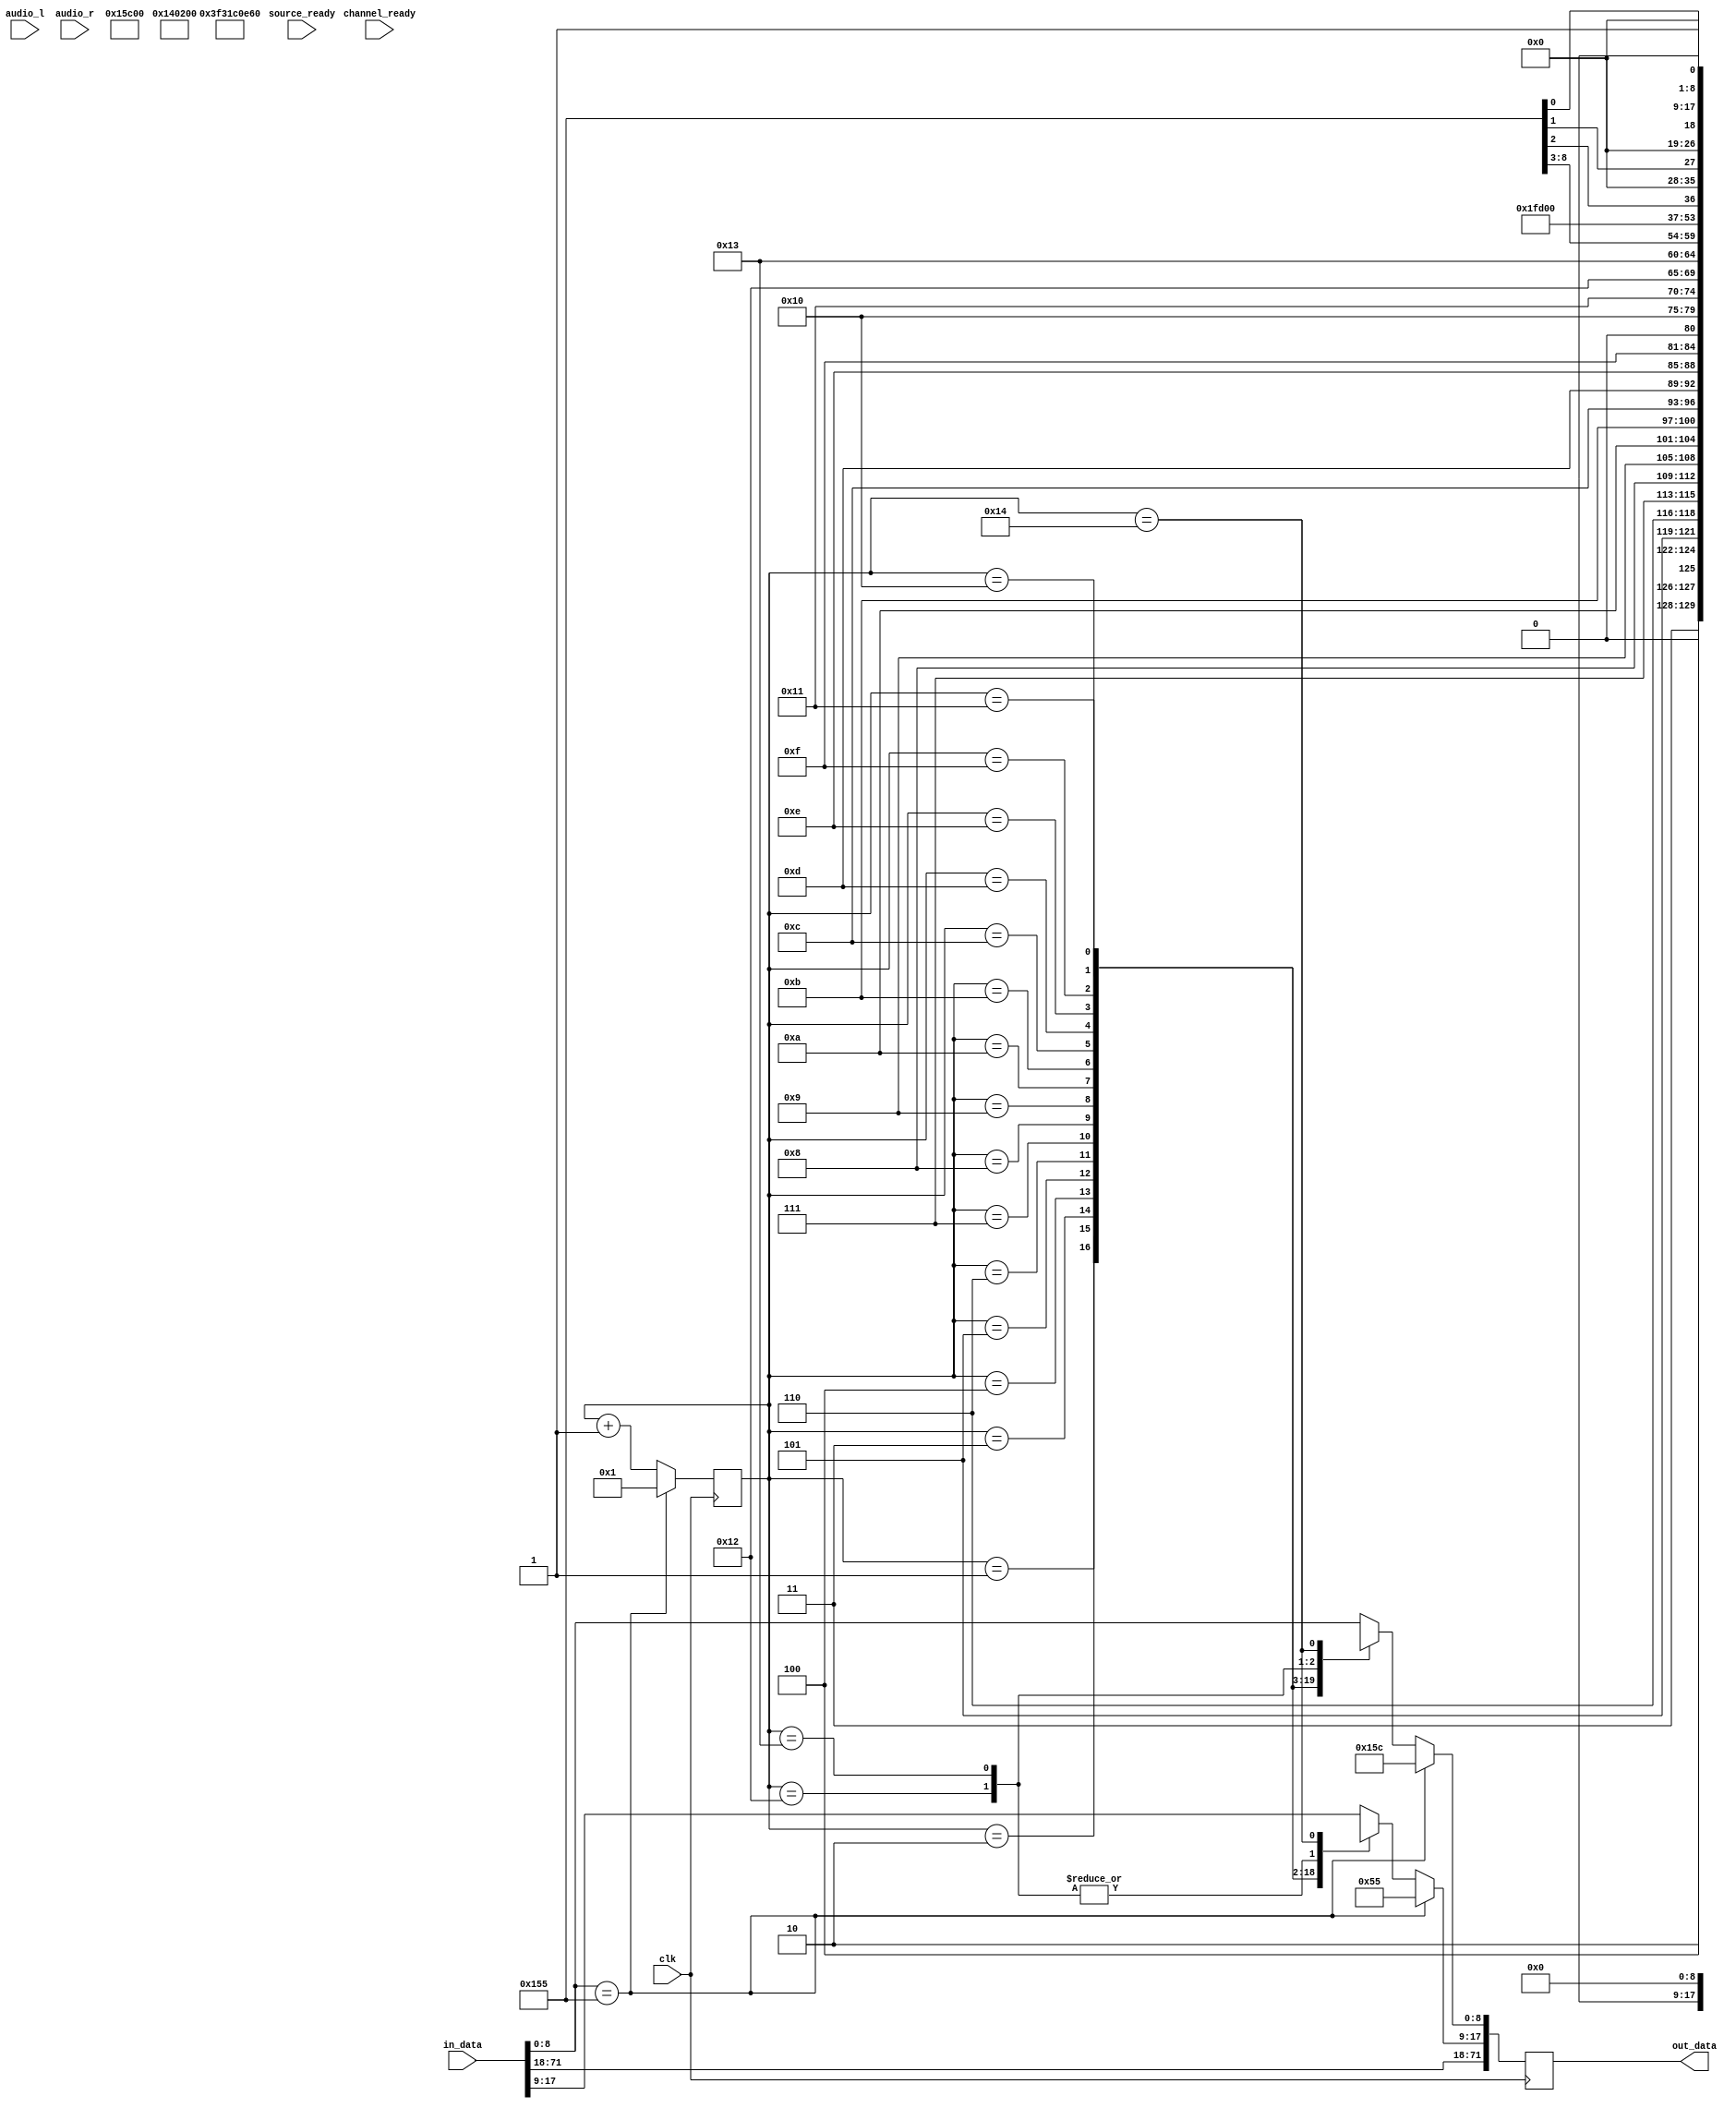
module audio_packet_inserter (
  input wire clk,
  input wire channel_ready,
  input wire source_ready,
  input wire [15:0] audio_l,
  input wire [15:0] audio_r,
  input wire [71:0] in_data,
  output reg [71:0] out_data
  );

  localparam [8:0] SS     = 9'b101011100;  // K28.2
  localparam [8:0] SE     = 9'b111111101;  // K29.7
  localparam [8:0] BEGINAUDIO = 9'h155;

  // Cabecera time stamp packet: 55,01,17,44
  localparam [8:0] HB0_ATS     = 9'h051;  //
  localparam [8:0] PB0_ATS     = 9'h077;  //
  localparam [8:0] HB1_ATS     = 9'h005;  // Cabecera y datos ECC despus de pasar por el
  localparam [8:0] PB1_ATS     = 9'h067;  // modulo de interleaving.
  localparam [8:0] HB2_ATS     = 9'h074;  // Fig. 2.40 pag. 105. DP std. 1.2
  localparam [8:0] PB2_ATS     = 9'h053;  //
  localparam [8:0] HB3_ATS     = 9'h041;  //
  localparam [8:0] PB3_ATS     = 9'h033;  //

  // Cabecera audio stream: 55,02,00,01
  localparam [8:0] HB0_AUD     = 9'h055;  //
  localparam [8:0] PB0_AUD     = 9'h07E;  //
  localparam [8:0] HB1_AUD     = 9'h005;  // Cabecera y datos ECC despus de pasar por el
  localparam [8:0] PB1_AUD     = 9'h0C7;  // modulo de interleaving.
  localparam [8:0] HB2_AUD     = 9'h001;  // Fig. 2.40 pag. 105. DP std. 1.2
  localparam [8:0] PB2_AUD     = 9'h007;  //
  localparam [8:0] HB3_AUD     = 9'h000;  //
  localparam [8:0] PB3_AUD     = 9'h060;  //

  reg [15:0] sample1_l, sample1_r;
  reg [15:0] sample2_l, sample2_r;
  reg [7:0] pb4_aud, pb5_aud, pb6_aud, pb7_aud;
  reg [11:0] cont_pares_simbolos = 12'h000;

  reg [31:0] s0_ch1, s0_ch2, s1_ch1, s1_ch2;
  reg [8:0] s0_ch1_b0, s0_ch1_b1, s0_ch1_b2, s0_ch1_b3;
  reg [8:0] s0_ch2_b0, s0_ch2_b1, s0_ch2_b2, s0_ch2_b3;
  reg [8:0] s1_ch1_b0, s1_ch1_b1, s1_ch1_b2, s1_ch1_b3;
  reg [8:0] s1_ch2_b0, s1_ch2_b1, s1_ch2_b2, s1_ch2_b3;

  always @(posedge clk) begin
    cont_pares_simbolos <= cont_pares_simbolos + 1;

    if (cont_pares_simbolos == 0) begin
      sample1_l <= audio_l;
      sample1_r <= audio_r;
    end
    if (cont_pares_simbolos == 120*16) begin  // y otro en bloque 120. Eso son 67.5 kHz de fs.
      sample2_l <= audio_l;
      sample2_r <= audio_r;
    end
    
    out_data <= in_data;
    if (in_data[8:0] == BEGINAUDIO) begin
      cont_pares_simbolos <= 1; // comienzo del bloque 130, donde insertaremos la info de audio
      out_data[8:0] <= SS;       out_data[17:9] <= HB0_AUD;
    end
    else begin
      case (cont_pares_simbolos)
        1: begin out_data[8:0] <= PB0_AUD;       out_data[17:9] <= HB1_AUD; end
        2: begin out_data[8:0] <= PB1_AUD;       out_data[17:9] <= HB2_AUD; end
        3: begin out_data[8:0] <= PB2_AUD;       out_data[17:9] <= HB3_AUD; end
        4: begin out_data[8:0] <= PB3_AUD;       out_data[17:9] <= s0_ch1_b0; end
        5: begin out_data[8:0] <= s0_ch1_b1; out_data[17:9] <= s0_ch1_b2; end
        6: begin out_data[8:0] <= s0_ch1_b3; out_data[17:9] <= {1'b0, pb4_aud}; end
        7: begin out_data[8:0] <= s0_ch2_b0; out_data[17:9] <= s0_ch2_b1; end
        8: begin out_data[8:0] <= s0_ch2_b2; out_data[17:9] <= s0_ch2_b3; end
        9: begin out_data[8:0] <= {1'b0, pb5_aud};   out_data[17:9] <= s1_ch1_b0; end
       10: begin out_data[8:0] <= s1_ch1_b1; out_data[17:9] <= s1_ch1_b2; end
       11: begin out_data[8:0] <= s1_ch1_b3; out_data[17:9] <= {1'b0, pb6_aud}; end
       12: begin out_data[8:0] <= s1_ch2_b0; out_data[17:9] <= s1_ch2_b1; end
       13: begin out_data[8:0] <= s1_ch2_b2; out_data[17:9] <= s1_ch2_b3; end
       14: begin out_data[8:0] <= {1'b0, pb7_aud};   out_data[17:9] <= SE; end
       
       15: begin out_data[8:0] <= SS;            out_data[17:9] <= HB0_ATP; end
       16: begin out_data[8:0] <= PB1_ATP;       out_data[17:9] <= HB2_ATP; end
       17: begin out_data[8:0] <= PB2_ATP;       out_data[17:9] <= HB3_ATP; end
       18: begin out_data[8:0] <= PB3_ATP;       out_data[17:9] <= {1'b0, MAUD[23:16]}; end
       19: begin out_data[8:0] <= {1'b0, MAUD[15:8]}; out_data[17:9] <= {1'b0, MAUD[7:0]}; end
       20: begin out_data[8:0] <= 9'h000;        out_data[17:9] <= PB4_ATP; end 
       
       default: begin out_data[8:0] <= in_data[8:0];  out_data[17:9] <= in_data[17:9]; end
      endcase 
    end  
  end
endmodule